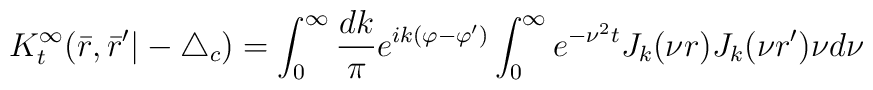
K_{t}^{\infty}(\bar r,\bar r'|-\triangle_c)=\int_{0}^{\infty}\frac{dk}{\pi}e^{ik(\varphi-\varphi')}\int_{0}^{\infty}e^{-\nu^2t} J_{k}(\nu r)J_{k}(\nu r')\nu d\nu